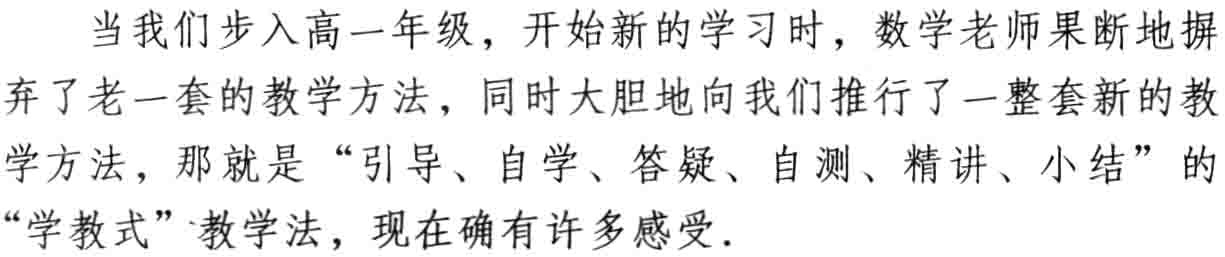
当我们步入高一年级，开始新的学习时，数学老师果断地摒弃了老一套的教学方法，同时大胆地向我们推行了一整套新的教学方法，那就是“引导、自学、答疑、自测、精讲、小结”的“学教式”教学法，现在确有许多感受.